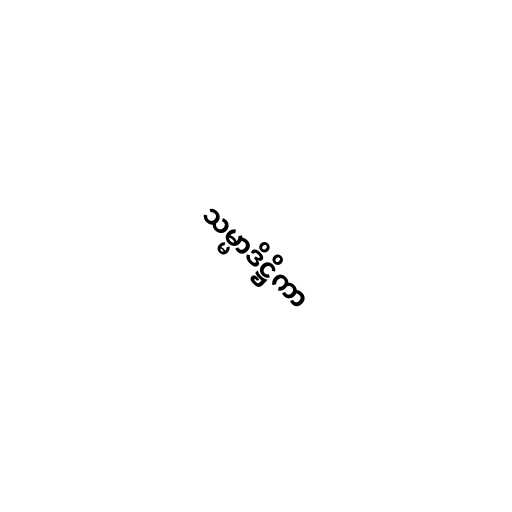
သမ္မာဒိဋ္ဌိကာ